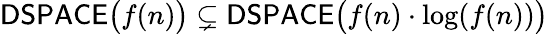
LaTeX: {\mathsf{DSPACE}}{\big(}f(n){\big)}\subsetneq{\mathsf{DSPACE}}{\big(}f(n)\cdot\log(f(n)){\big)}